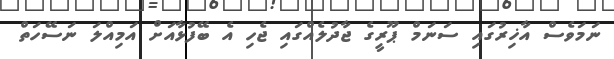
ނަމަވެސް އާޚިރުގައި ސަނަމް ޕޫރީގެ ޖާދުލެއްގައި ޖެހި އެ ބޭފުޅާއަށް އަމިއްލަ ނަސޭހަތް